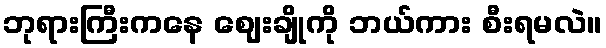
ဘုရားကြီးကနေ ဈေးချိုကို ဘယ်ကား စီးရမလဲ။